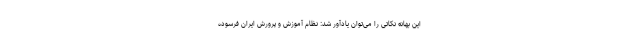
این بهانه نکاتی را می‌توان یادآور شد: نظام آموزش و پرورش ایران فرسوده